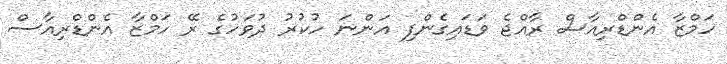
ހަމްޒާ އެންޑްރިއާސް ރާއްޖެ ވަޑައިގެންފި އަންނަ ހުކުރު ދުވަހުގެ ރޭ ހަމްޒާ އެންޑްރިއާސް